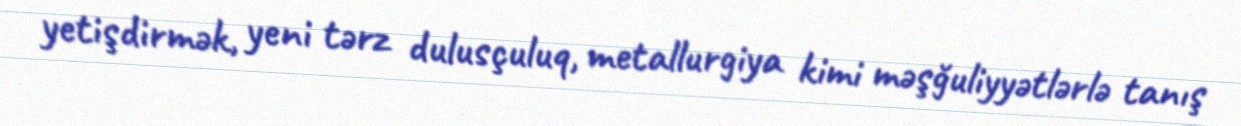
yetişdirmək, yeni tərz dulusçuluq, metallurgiya kimi məşğuliyyətlərlə tanış